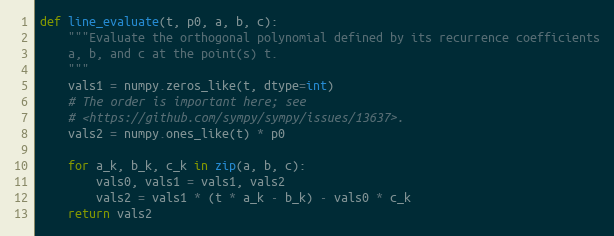
Language: Python
def line_evaluate(t, p0, a, b, c):
    """Evaluate the orthogonal polynomial defined by its recurrence coefficients
    a, b, and c at the point(s) t.
    """
    vals1 = numpy.zeros_like(t, dtype=int)
    # The order is important here; see
    # <https://github.com/sympy/sympy/issues/13637>.
    vals2 = numpy.ones_like(t) * p0

    for a_k, b_k, c_k in zip(a, b, c):
        vals0, vals1 = vals1, vals2
        vals2 = vals1 * (t * a_k - b_k) - vals0 * c_k
    return vals2